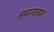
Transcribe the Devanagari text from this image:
समानाकर